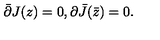
\bar { \partial } { J ( z ) } = 0 , { \partial } { \bar { J } ( \bar { z } ) } = 0 .